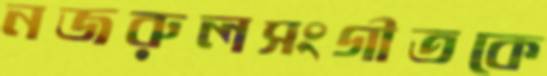
নজরুলসংগীতকে